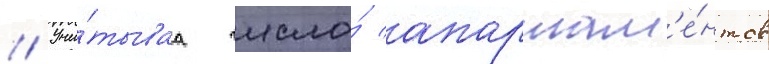
// Учи́тываа число́ апартам'е́нтов